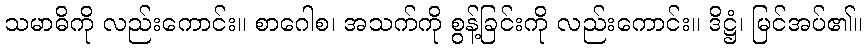
သမာဓိကို လည်းကောင်း။ စာဂေါစ၊ အသက်ကို စွန့်ခြင်းကို လည်းကောင်း။ ဒိဋ္ဌံ၊ မြင်အပ်၏။